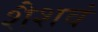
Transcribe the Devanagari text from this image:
शैशवं